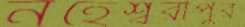
নহেশ্বরীপুর